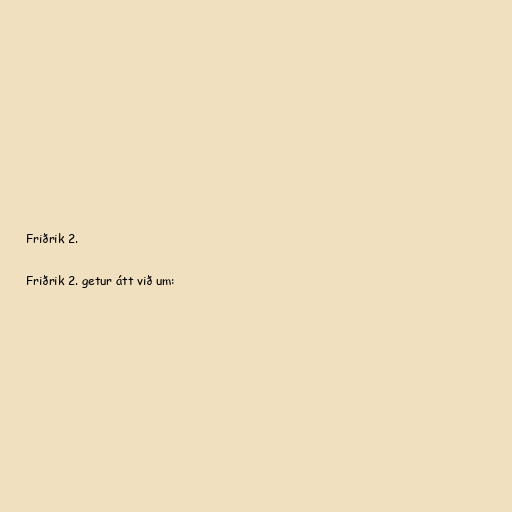
Friðrik 2.

Friðrik 2. getur átt við um: